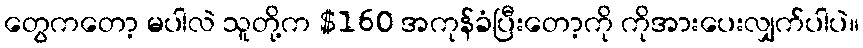
တွေကတော့ မပါလဲ သူတို့က $160 အကုန်ခံပြီးတော့ကို ကိုအားပေးလျှက်ပါပဲ။